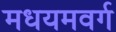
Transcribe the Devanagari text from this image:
मधयमवर्ग